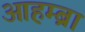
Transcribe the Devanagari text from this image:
आहम्ब्रा